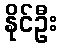
နိုင်ဦး